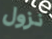
نزول